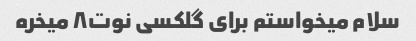
سلام میخواستم برای گلکسی نوت۸ میخره